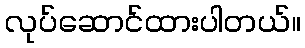
လုပ်ဆောင်ထားပါတယ်။